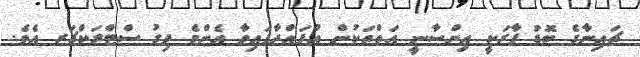
ޗައިނާގެ ބޮޑު ފާރަކީ އިންސާނީ އަތްތަކުން އުފައްދާފައިވާ އެންމެ ދިގު ސްޓްރަކްޗަރ އެވެ.